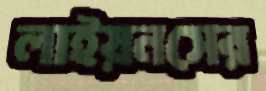
লাইয়নসের